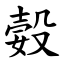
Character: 㜌